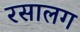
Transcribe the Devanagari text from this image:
रसालग